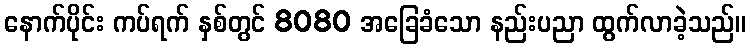
နောက်ပိုင်း ကပ်ရက် နှစ်တွင် 8080 အခြေခံသော နည်းပညာ ထွက်လာခဲ့သည်။